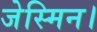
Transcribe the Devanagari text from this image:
जेस्मिन।